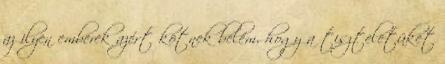
az ilyen emberek azért kötnek belém, hogy a tiszteletüket